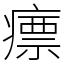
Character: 瘭